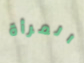
المرأة